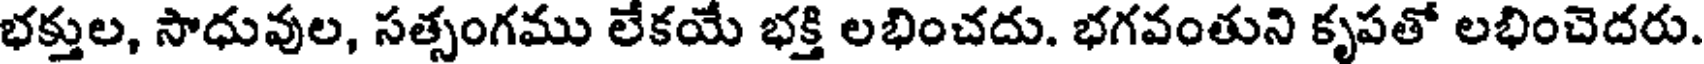
భక్తుల, సాధువుల, సత్సంగము లేకయే భక్తి లభించదు. భగవంతుని కృపతో లభించెదరు.